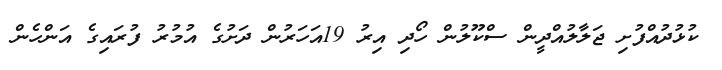
ކުޅުދުއްފުށި ޖަލާލުއްދީން ސްކޫލުން ހޯދި އިރު 19އަހަރުން ދަށުގެ އުމުރު ފުރައިގެ އަންހެން